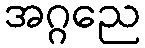
အဂ္ဂညေ